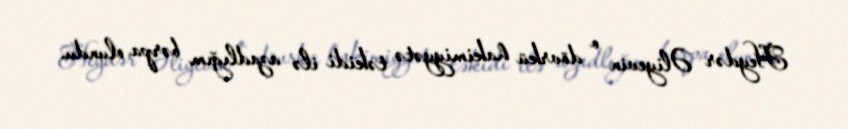
Heydər Əliyevin o dövrkü hakimiyyətə təkidi ilə azadlığım bərpa olundu.